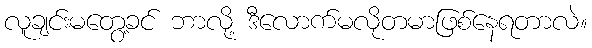
လူချင်းမတွေ့ခင် ဘာလို့ ဒီလောက်မလိုတမာဖြစ်နေရတာလဲ။